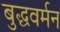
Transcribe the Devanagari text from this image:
बुद्धवर्मन